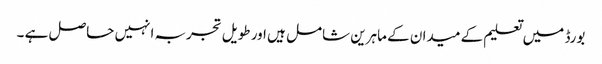
بورڈ میں تعلیم کے میدان کے ماہرین شامل ہیں اور طویل تجربہ انہیں حاصل ہے ۔